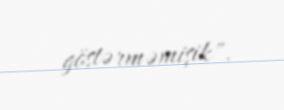
göstərməmişik".